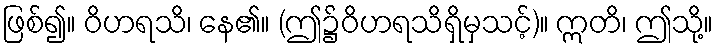
ဖြစ်၍။ ဝိဟရသိ၊ နေ၏။ (ဤ၌ဝိဟရသိရှိမှသင့်)။ ဣတိ၊ ဤသို့။